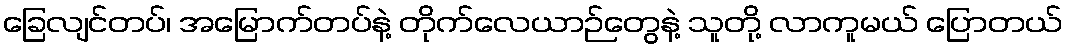
ခြေလျင်တပ်၊ အမြောက်တပ်နဲ့ တိုက်လေယာဉ်တွေနဲ့ သူတို့ လာကူမယ် ပြောတယ်